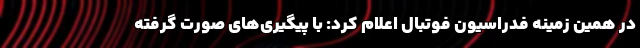
در همین زمینه فدراسیون فوتبال اعلام کرد: با پیگیری‌های صورت گرفته